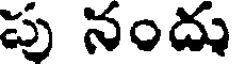
పు నందు